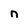
Character: n